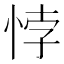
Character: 悖